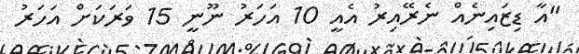
"އާ ޑިޒައިނެއް ނެރޭއިރު އެއީ 10 އަހަރު ނޫނީ 15 ވަރަކަށް އަހަރު